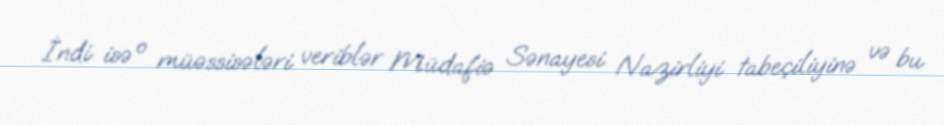
İndi isə o müəssisələri veriblər Müdafiə Sənayesi Nazirliyi tabeçiliyinə və bu